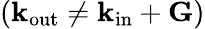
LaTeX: (\mathbf{k_{\mathrm{out}}}\neq\mathbf{k_{\mathrm{in}}}+\mathbf{G})